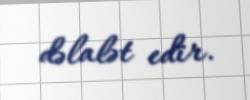
dəlalət edir.